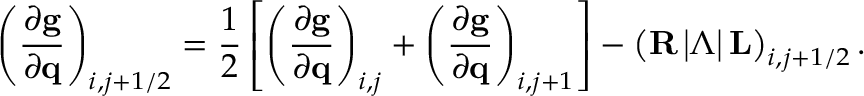
\left( \frac { \partial \mathbf { g } } { \partial \mathbf { q } } \right) _ { i , j + 1 / 2 } = \frac { 1 } { 2 } \left[ \left( \frac { \partial \mathbf { g } } { \partial \mathbf { q } } \right) _ { i , j } + \left( \frac { \partial \mathbf { g } } { \partial \mathbf { q } } \right) _ { i , j + 1 } \right] - \left( \mathbf { R } \left| \boldsymbol { \Lambda } \right| \mathbf { L } \right) _ { i , j + 1 / 2 } .